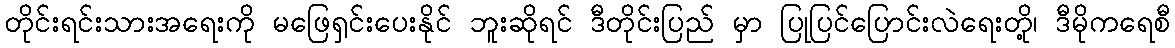
တိုင်းရင်းသားအရေးကို မဖြေရှင်းပေးနိုင် ဘူးဆိုရင် ဒီတိုင်းပြည် မှာ ပြုပြင်ပြောင်းလဲရေးတို့၊ ဒီမိုကရေစီ